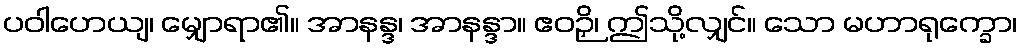
ပဝါဟေယျ၊ မျှောရာ၏။ အာနန္ဒ၊ အာနန္ဒာ။ ဧဝဉှိ၊ ဤသို့လျှင်။ သော မဟာရုက္ခော၊